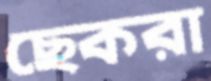
ছেকরা